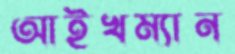
আইখম্যান